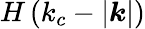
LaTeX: H\left(k_{c}-|\boldsymbol{k}|\right)